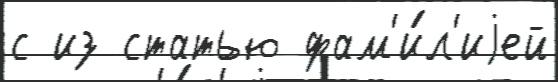
с из статью фам'и́л'иjей